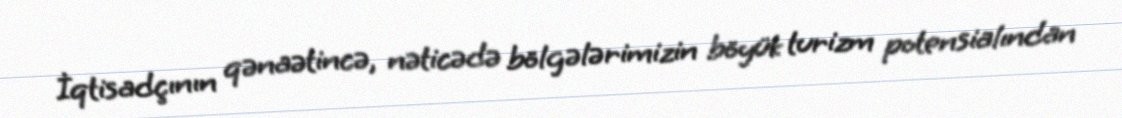
İqtisadçının qənaətincə, nəticədə bölgələrimizin böyük turizm potensialından